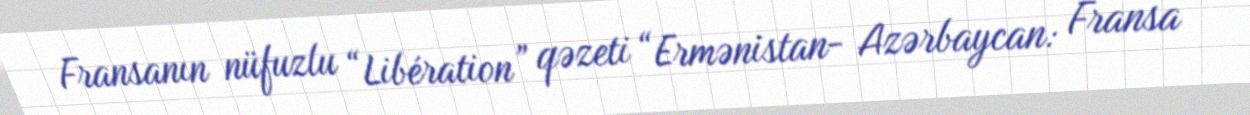
Fransanın nüfuzlu “Libération” qəzeti “Ermənistan- Azərbaycan: Fransa